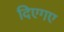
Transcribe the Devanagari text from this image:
दिएगए